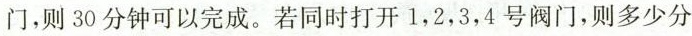
门，则30分钟可以完成。若同时打开1，2，3，4号阀门，则多少分